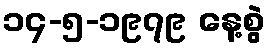
၁၄-၅-၁၉၇၉ နေ့စွဲ